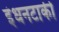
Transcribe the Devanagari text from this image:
इंधनटाकी